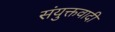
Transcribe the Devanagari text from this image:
संयुक्तवादी